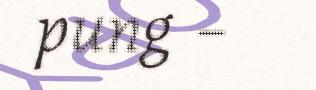
pung –